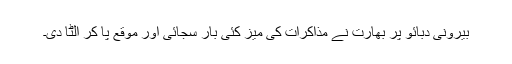
بیرونی دبائو پر بھارت نے مذاکرات کی میز کئی بار سجائی اور موقع پا کر الٹا دی۔